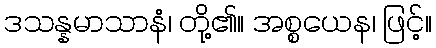
ဒသန္နမာသာနံ၊ တို့၏။ အစ္စယေန၊ ဖြင့်။